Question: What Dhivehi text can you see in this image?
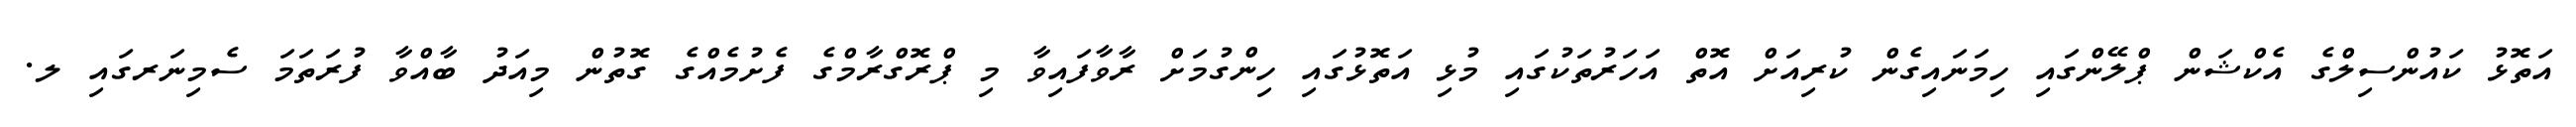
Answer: އަތޮޅު ކައުންސިލްގެ އެކްޝަން ޕްލޭންގައި ހިމަނައިގެން ކުރިއަށް އޮތް އަހަރުތަކުގައި މުޅި އަތޮޅުގައި ހިންގުމަށް ރާވާފައިވާ މި ޕްރޮގްރާމްގެ ފެށުމެއްގެ ގޮތުން މިއަދު ބާއްވާ ފުރަތަމަ ސެމިނަރގައި ލ.